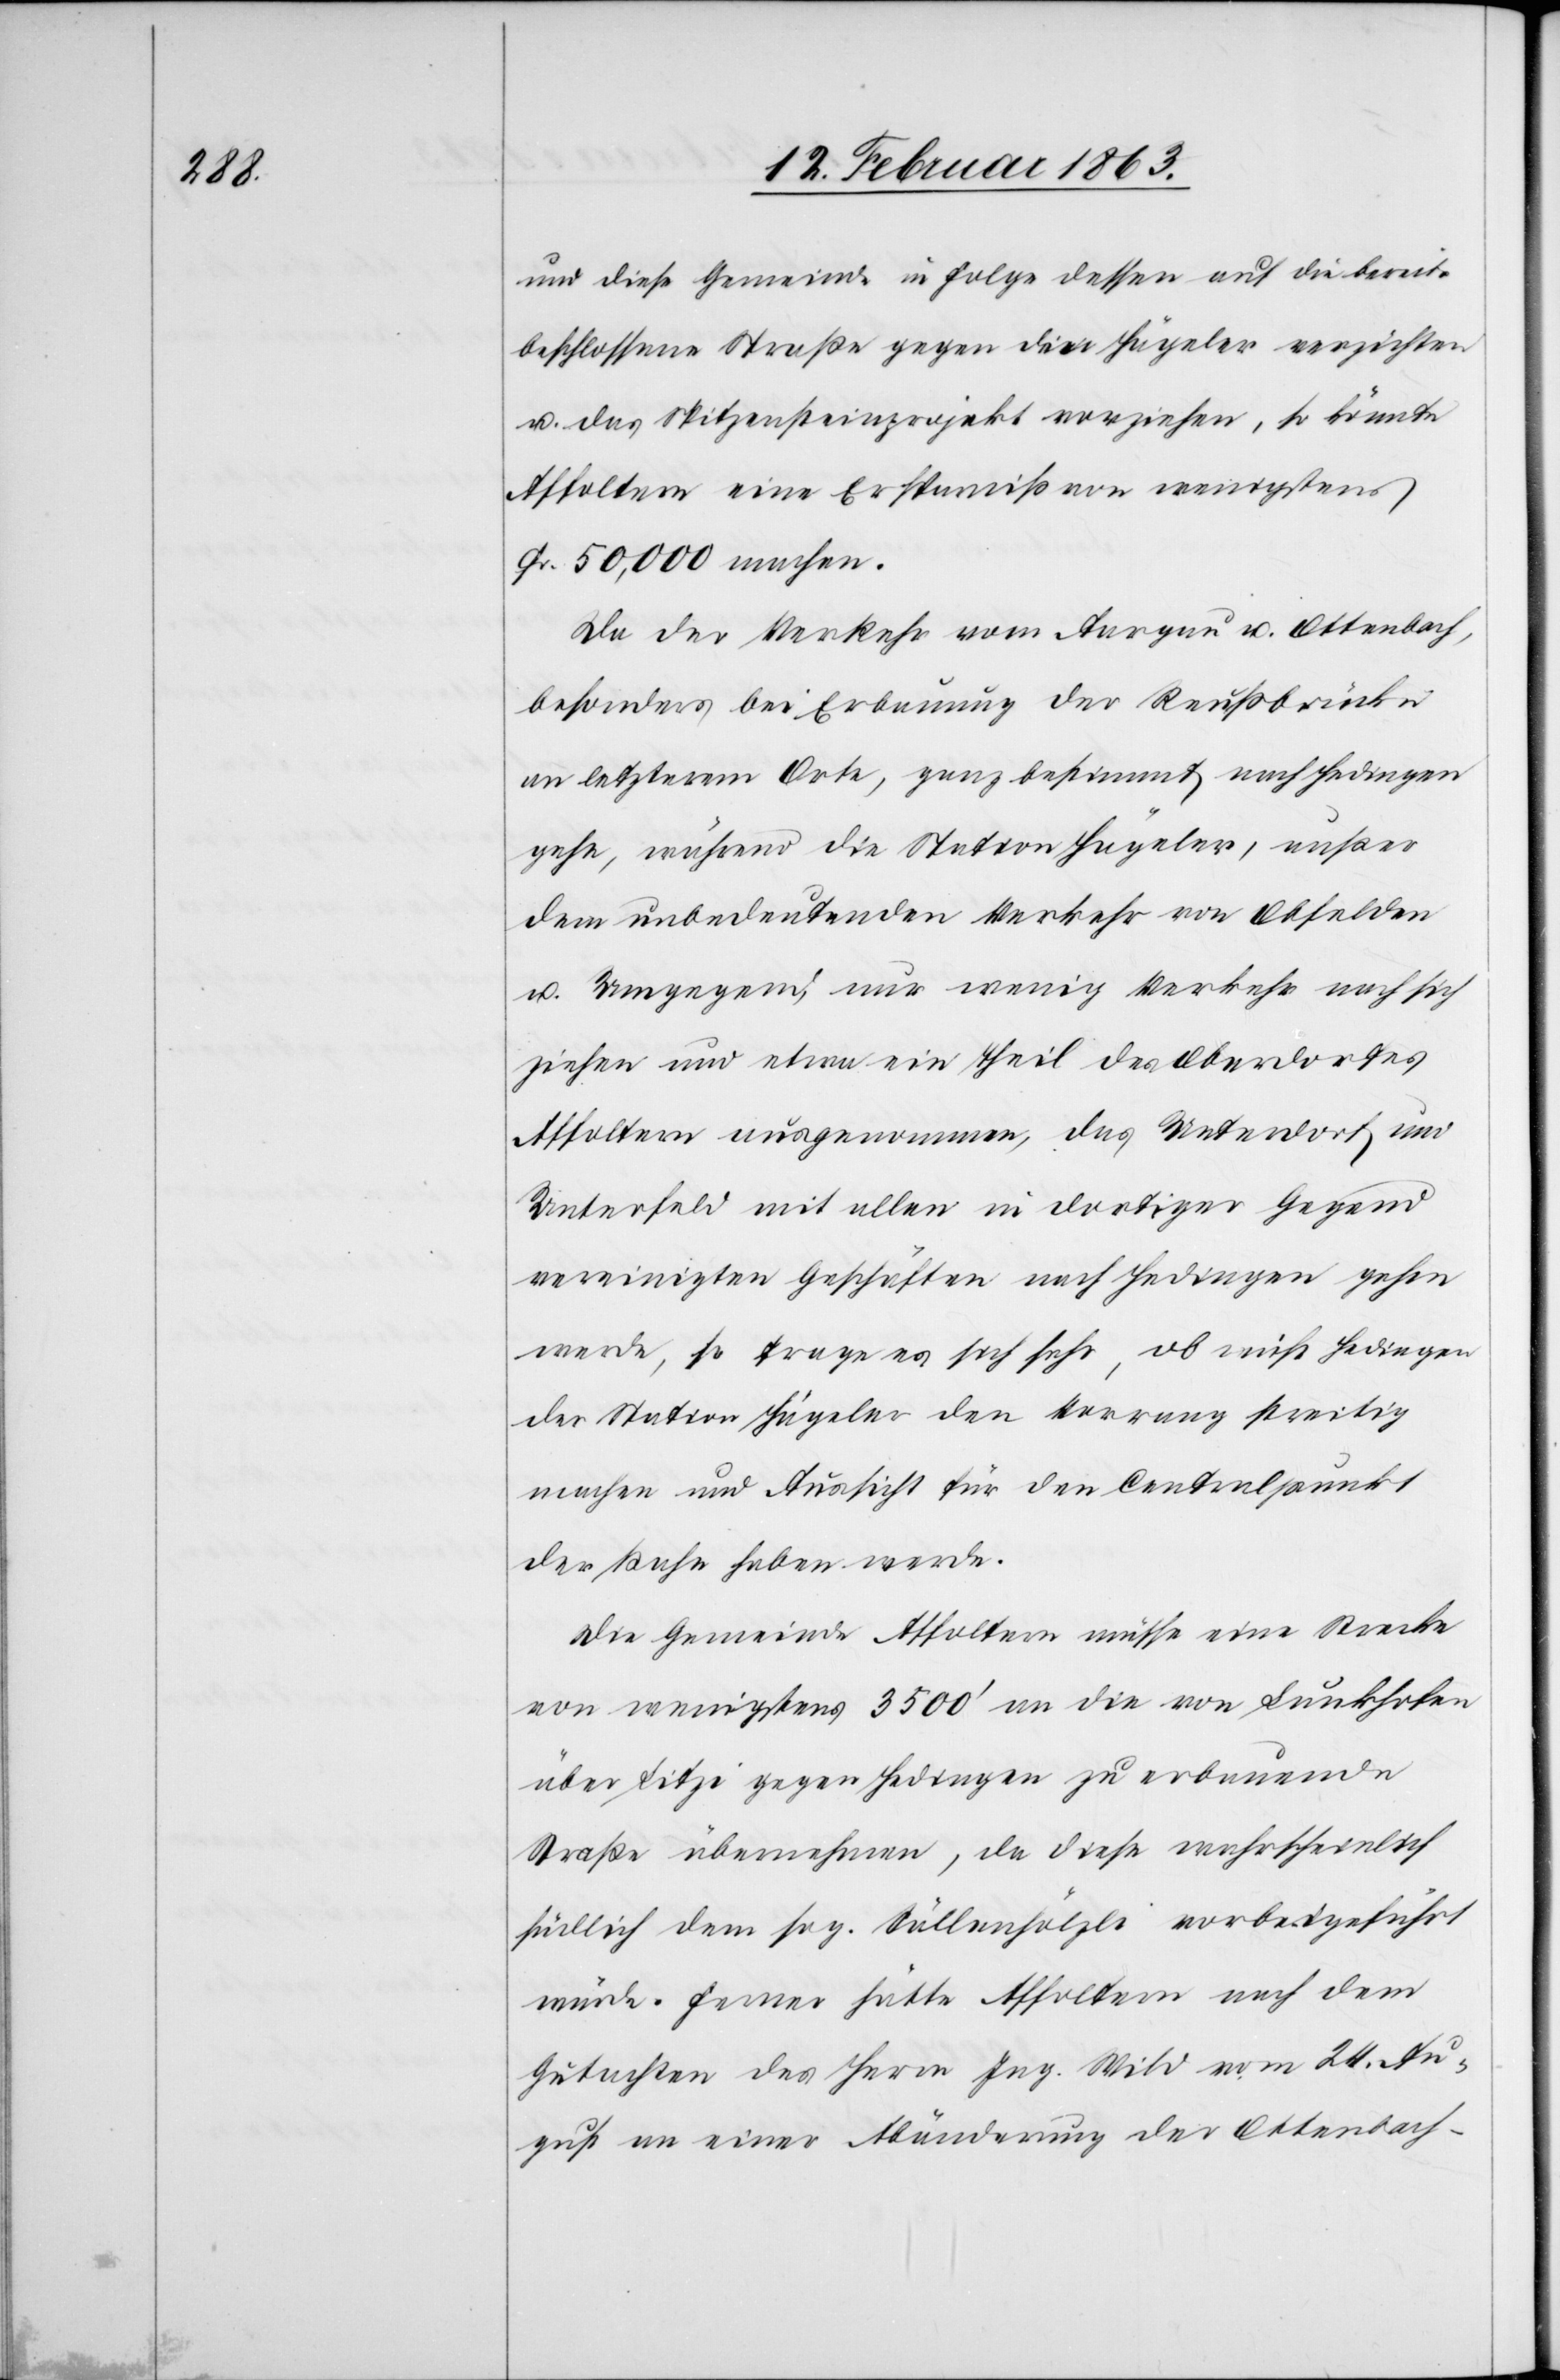
und diese Gemeinde in Folge dessen auf die bereits
beschlossene Straße gegen den Hägeler verzichten
u. das Spitzensteinprojekt vorziehen, so könnte
Affoltern eine Ersparniß von wenigstens
Fr. 50,000 machen.
Da der Verkehr vom Aargau u. Ottenbach,
besonders bei Erbauung der Reußbrücke
an letzterem Orte, ganz bestimmt nach Hedingen
gehe, während die Station Hägeler, außer
dem unbedeutenden Verkehr von Obfelden
u. Umgegend, nur wenig Verkehr nach sich
ziehen und etwa ein Theil des Oberdorfes
Affoltern ausgenommen, das Unterdorf und
Unterfeld mit allen in dortiger Gegend
vereinigten Geschäften nach Hedingen gehen
werde, so frage es sich sehr, ob nicht Hedingen
der Station Hägeler den Vorrang streitig
machen und Aussicht für den Centralpunkt
der Bahn haben werde.
Die Gemeinde Affoltern müsse eine Strecke
von wenigstens 3500' an die von Lunkhofen
über Litzi gegen Hedingen zu erbauende
Straße übernehmen, da diese wahrscheinlich
südlich dem sog. S[?ä]llenhölzli vorbeigeführt
würde. Ferner hätte Affoltern nach dem
Gutachten des Herrn Ing. Wild vom 24. Au¬
gust an einer Abänderung der Ottenbach-